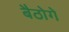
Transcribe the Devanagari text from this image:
बैठोगे